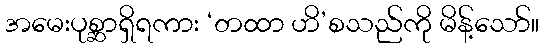
အမေးပုစ္ဆာရှိရကား ‘တထာ ဟိ’စသည်ကို မိန့်သော်။